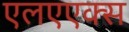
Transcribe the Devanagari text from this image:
एलएएक्स